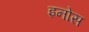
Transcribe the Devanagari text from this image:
इनोस